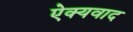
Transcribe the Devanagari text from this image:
ऐक्यवाद